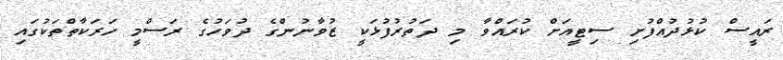
ރައީސް ކުޅުދުއްފުށި ސިޓީއަށް ކުރައްވާ މި ދަތުރުފުޅަކީ ޒުވާނުންގެ ދުވަހުގެ ރަސްމީ ހަރަކާތްތަކުގައި